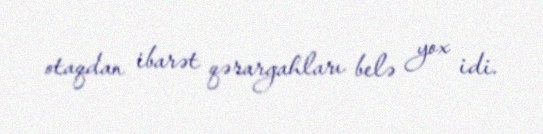
otaqdan ibarət qərargahları belə yox idi.